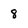
Character: 8